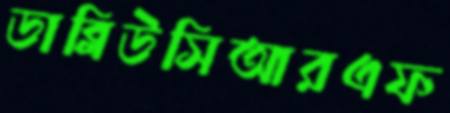
ডাব্লিউসিআরএফ